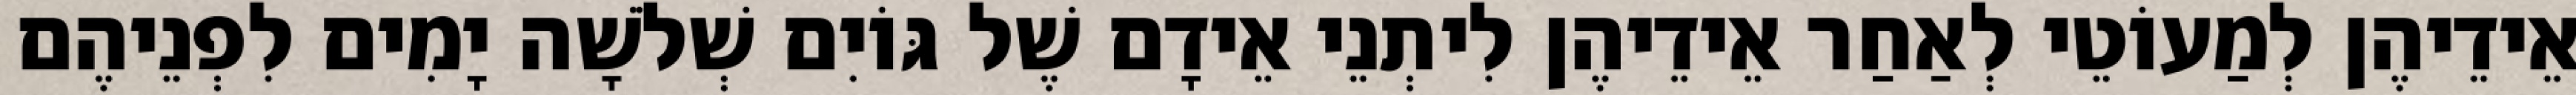
אֵידֵיהֶן לְמַעוֹטֵי לְאַחַר אֵידֵיהֶן לִיתְנֵי אֵידָם שֶׁל גּוֹיִם שְׁלֹשָׁה יָמִים לִפְנֵיהֶם